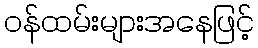
ဝန်ထမ်းများအနေဖြင့်